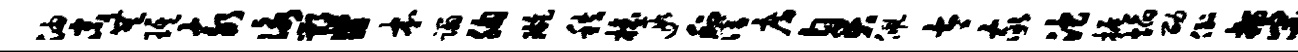
油末无琪亥咏鄂翡本蹋胸璇秩榱遐利潜房臭佩太家沱振焰劭倒按宋